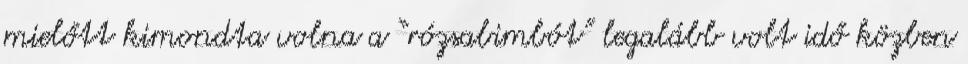
mielőtt kimondta volna a “rózsabimbót” legalább volt idő közben